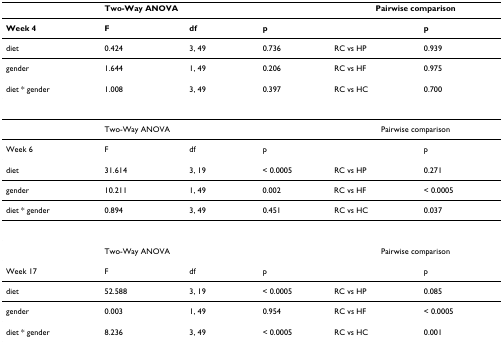
<table><thead><tr><td></td><td colspan="2"><b>Two-Way ANOVA</b></td><td></td><td colspan="2"><b>Pairwise comparison</b></td></tr></thead><tbody><tr><td><b>Week 4</b></td><td><b>F</b></td><td><b>df</b></td><td><b>p</b></td><td></td><td><b>p</b></td></tr><tr><td>diet</td><td>0.424</td><td>3, 49</td><td>0.736</td><td>RC vs HP</td><td>0.939</td></tr><tr><td>gender</td><td>1.644</td><td>1, 49</td><td>0.206</td><td>RC vs HF</td><td>0.975</td></tr><tr><td>diet * gender</td><td>1.008</td><td>3, 49</td><td>0.397</td><td>RC vs HC</td><td>0.700</td></tr><tr><td></td><td colspan="2">Two-Way ANOVA</td><td></td><td colspan="2">Pairwise comparison</td></tr><tr><td>Week 6</td><td>F</td><td>df</td><td>p</td><td></td><td>p</td></tr><tr><td>diet</td><td>31.614</td><td>3, 19</td><td>&lt; 0.0005</td><td>RC vs HP</td><td>0.271</td></tr><tr><td>gender</td><td>10.211</td><td>1, 49</td><td>0.002</td><td>RC vs HF</td><td>&lt; 0.0005</td></tr><tr><td>diet * gender</td><td>0.894</td><td>3, 49</td><td>0.451</td><td>RC vs HC</td><td>0.037</td></tr><tr><td></td><td colspan="2">Two-Way ANOVA</td><td></td><td colspan="2">Pairwise comparison</td></tr><tr><td>Week 17</td><td>F</td><td>df</td><td>p</td><td></td><td>p</td></tr><tr><td>diet</td><td>52.588</td><td>3, 19</td><td>&lt; 0.0005</td><td>RC vs HP</td><td>0.085</td></tr><tr><td>gender</td><td>0.003</td><td>1, 49</td><td>0.954</td><td>RC vs HF</td><td>&lt; 0.0005</td></tr><tr><td>diet * gender</td><td>8.236</td><td>3, 49</td><td>&lt; 0.0005</td><td>RC vs HC</td><td>0.001</td></tr></tbody></table>